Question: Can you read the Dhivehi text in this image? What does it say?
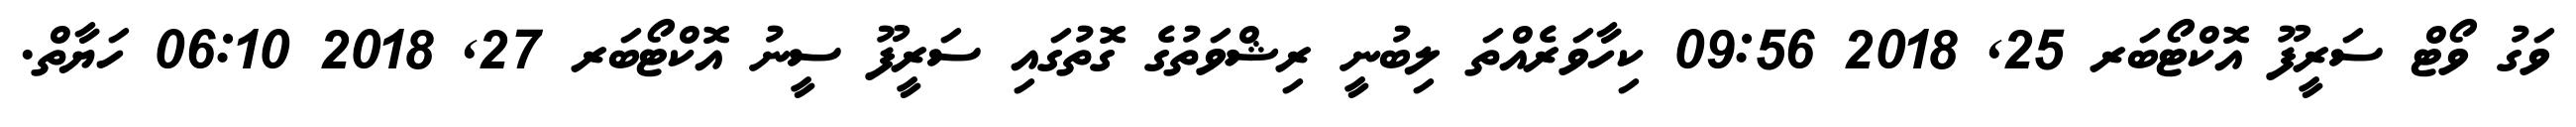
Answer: ވަގު ވޯޓް ސަރީފޫ އޮކްޓޯބަރ 25, 2018 09:56 ކިހާވަރެއްތަ ލިބުނީ ރިޝްވަތުގެ ގޮތުގައި ސަރީފޫ ސީނު އޮކްޓޯބަރ 27, 2018 06:10 ހަޔާތް.